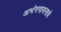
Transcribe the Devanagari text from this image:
अभंगगायनाचे